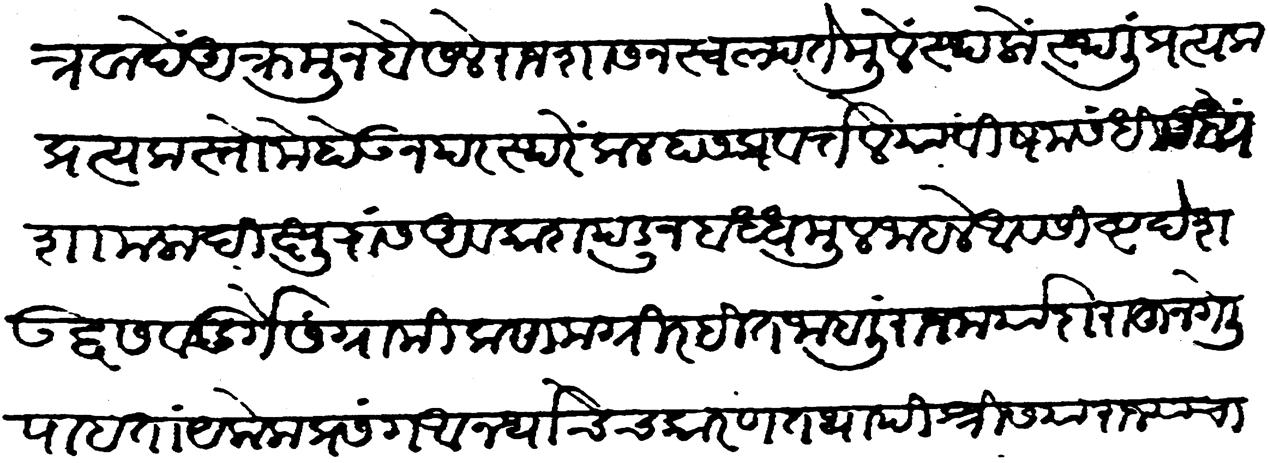
Transliteration (Devanagari): स्वतंत्रवादें आक्रमून बैसले राजशासनस्वल्पतेमुळें स्थळोस्थलीं प्रत्यक प्रत्यक स्तोमें होऊन परस्परें कलहास प्रवर्तले. या विषम संधीमध्यें शामलादि क्षुद्रास अवकाश पडून बद्धमूल जाहले अवशिष्ट देश उद्वस व दुर्गे संग्रामिक सामग्रीरहित जाहलीं राजमर्यादा राहून गेली पाहतां येकेक प्रसंग आनर्थाचेंच कारण तथापि श्रीस या राज्याचा